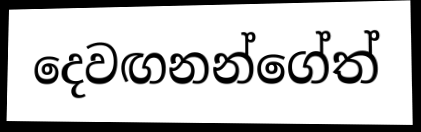
දෙවඟනන්ගේත්